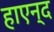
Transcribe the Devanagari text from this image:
हाएन्द